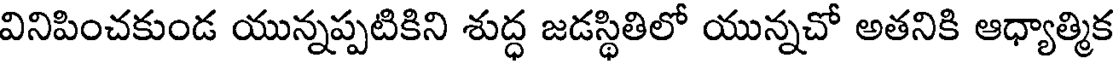
వినిపించకుండ యున్నప్పటికిని శుద్ధ జడస్థితిలో యున్నచో అతనికి ఆధ్యాత్మిక